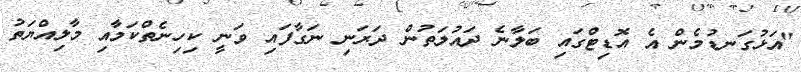
"އަޅުގަނޑުމެން އެ އޮޑިޓްގައި ބަލާނެ ދައުލަތުން ދަރަނި ނަގާފައި ވަނީ ކިހިނެތްކަމާއި މާލިއްޔަތު